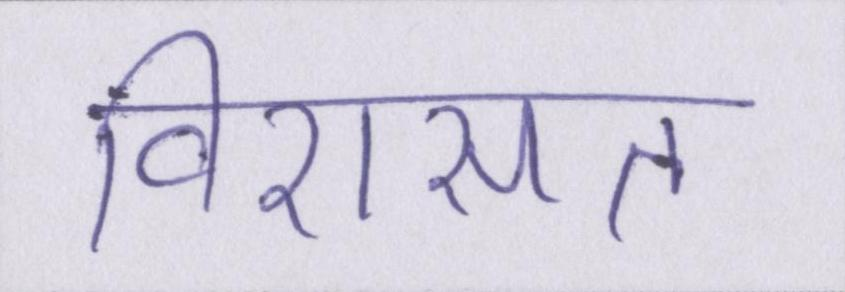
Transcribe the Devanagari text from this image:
विरासत